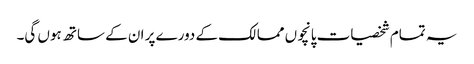
یہ تمام شخصیات پانچوں ممالک کے دورے پر ان کے ساتھ ہوں گی۔